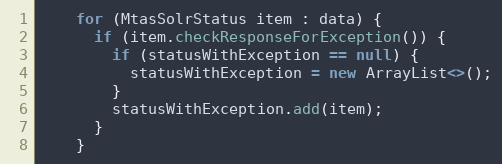
Language: Java
    for (MtasSolrStatus item : data) {
      if (item.checkResponseForException()) {
        if (statusWithException == null) {
          statusWithException = new ArrayList<>();
        }
        statusWithException.add(item);
      }
    }